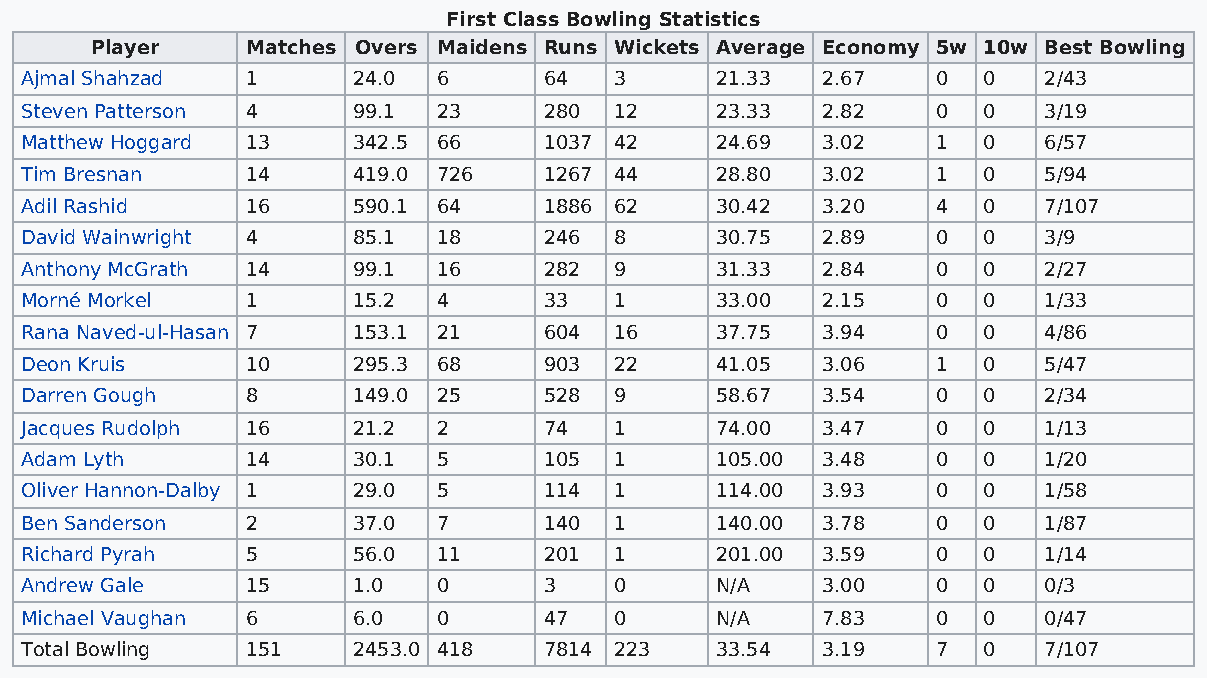
First Class Bowling Statistics
 Player    Matches Overs Maidens Runs Wickets Average Economy 5w 10w Best Bowling
 Ajmal Shahzad  1      24.0  6      64   3     21.33  2.67    0  0   2/43
 Steven Patterson 4    99.1  23     280  12    23.33  2.82    0  0   3/19
 Matthew Hoggard 13    342.5 66     1037 42    24.69  3.02    1  0   6/57
 Tim Bresnan    14     419.0 726    1267 44    28.80  3.02    1  0   5/94
 Adil Rashid    16     590.1 64     1886 62    30.42  3.20    4  0   7/107
 David Wainwright 4    85.1  18     246  8     30.75  2.89    0  0   3/9
 Anthony McGrath 14    99.1  16     282  9     31.33  2.84    0  0   2/27
 Morné Morkel   1      15.2  4      33   1     33.00  2.15    0  0   1/33
 Rana Naved-ul-Hasan 7 153.1 21     604  16    37.75  3.94    0  0   4/86
 Deon Kruis     10     295.3 68     903  22    41.05  3.06    1  0   5/47
 Darren Gough   8      149.0 25     528  9     58.67  3.54    0  0   2/34
 Jacques Rudolph 16    21.2  2      74   1     74.00  3.47    0  0   1/13
 Adam Lyth      14     30.1  5      105  1     105.00 3.48    0  0   1/20
 Oliver Hannon-Dalby 1 29.0  5      114  1     114.00 3.93    0  0   1/58
 Ben Sanderson  2      37.0  7      140  1     140.00 3.78    0  0   1/87
 Richard Pyrah  5      56.0  11     201  1     201.00 3.59    0  0   1/14
 Andrew Gale    15     1.0   0      3    0     N/A    3.00    0  0   0/3
 Michael Vaughan 6     6.0   0      47   0     N/A    7.83    0  0   0/47
 Total Bowling  151    2453.0 418   7814 223   33.54  3.19    7  0   7/107